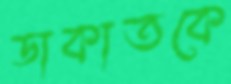
ডাকাতকে